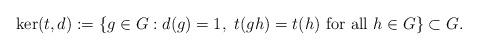
LaTeX: \begin{align*} \ker (t, d) := \{g \in G: d(g) = 1,\ t(gh) = t(h)\ \mbox{for all $h \in G$}\} \subset G.\end{align*}